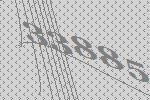
33885